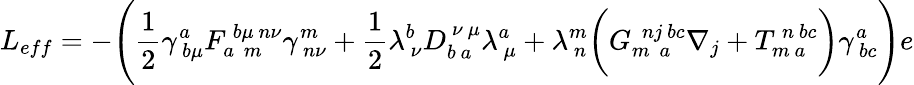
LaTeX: L_{eff}=-\Biggl(\frac{1}{2}\gamma_{~b\mu}^{a}F_{a~~m}^{~b\mu~n\nu}\gamma_{~n\nu}^{m}+\frac{1}{2}\lambda_{~\nu}^{b}D_{b~a}^{~\nu~\mu}\lambda_{~\mu}^{a}+\lambda_{~n}^{m}\biggl(G_{m~~a}^{~~nj~bc}\nabla_{j}+T_{m~a}^{~n~bc}\biggr)\gamma_{~bc}^{a}\Biggr)e